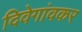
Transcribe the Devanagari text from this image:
दिवेगांवकर